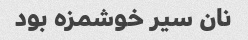
نان سیر خوشمزه بود